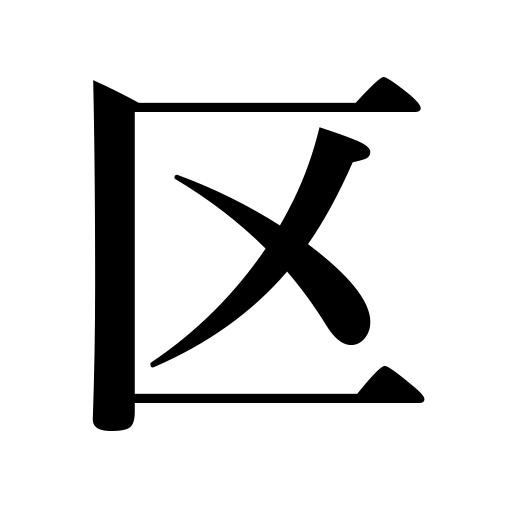
Meanings: ward,section,district